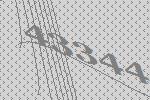
43344